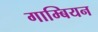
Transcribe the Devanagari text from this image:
गाम्बियन